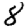
Digit: 8